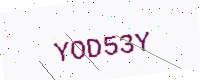
Text: YOD53Y